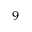
^ { 9 }